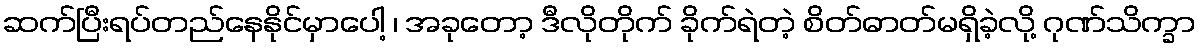
ဆက်ပြီးရပ်တည်နေနိုင်မှာပေါ့ ၊ အခုတော့ ဒီလိုတိုက် ခိုက်ရဲတဲ့ စိတ်ဓာတ်မရှိခဲ့လို့ ဂုဏ်သိက္ခာ